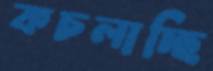
কচলাচ্ছি